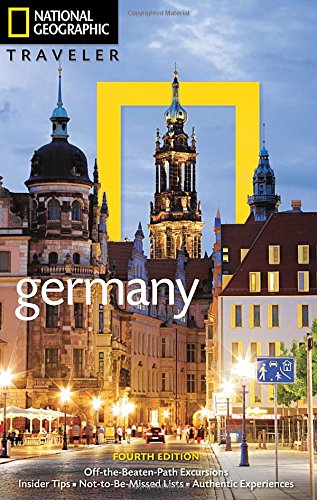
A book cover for National Geographic Traveler: Germany, 4th Edition; Michael Ivory; Travel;